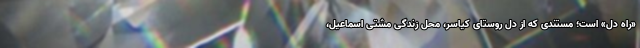
«راه دل» است؛ مستندی که از دل روستای کیاسر، محل زندگی مشتی اسماعیل،